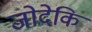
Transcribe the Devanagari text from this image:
जोदेकि